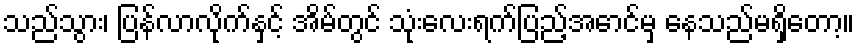
သည်သွား၊ ပြန်လာလိုက်နှင့် အိမ်တွင် သုံးလေးရက်ပြည့်အောင်မှ နေသည်မရှိတော့။